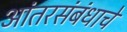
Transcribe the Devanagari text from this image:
आंतरसंबंधाचे